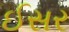
ઈસર